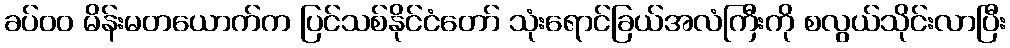
ခပ်၀၀ မိန်းမတယောက်က ပြင်သစ်နိုင်ငံတော် သုံးရောင်ခြယ်အလံကြီးကို စလွယ်သိုင်းလာပြီး